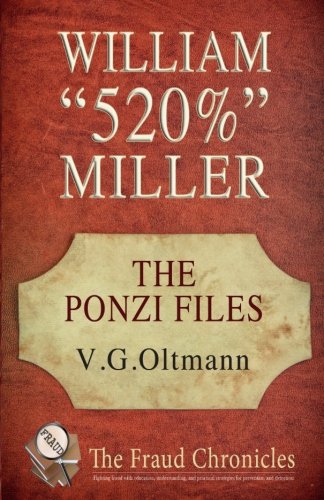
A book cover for William "520%" Miller (The Ponzi Files) (Volume 1); V. G. Oltmann; Biographies & Memoirs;